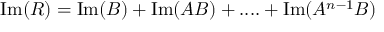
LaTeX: \mathrm { I m } ( R ) = \mathrm { I m } ( B ) + \mathrm { I m } ( A B ) + . . . . + \mathrm { I m } ( A ^ { n - 1 } B )